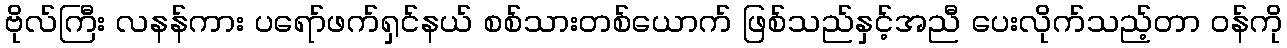
ဗိုလ်ကြီး လနန်ကား ပရော်ဖက်ရှင်နယ် စစ်သားတစ်ယောက် ဖြစ်သည်နှင့်အညီ ပေးလိုက်သည့်တာ ဝန်ကို